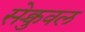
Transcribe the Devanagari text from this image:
सेक्चुवल